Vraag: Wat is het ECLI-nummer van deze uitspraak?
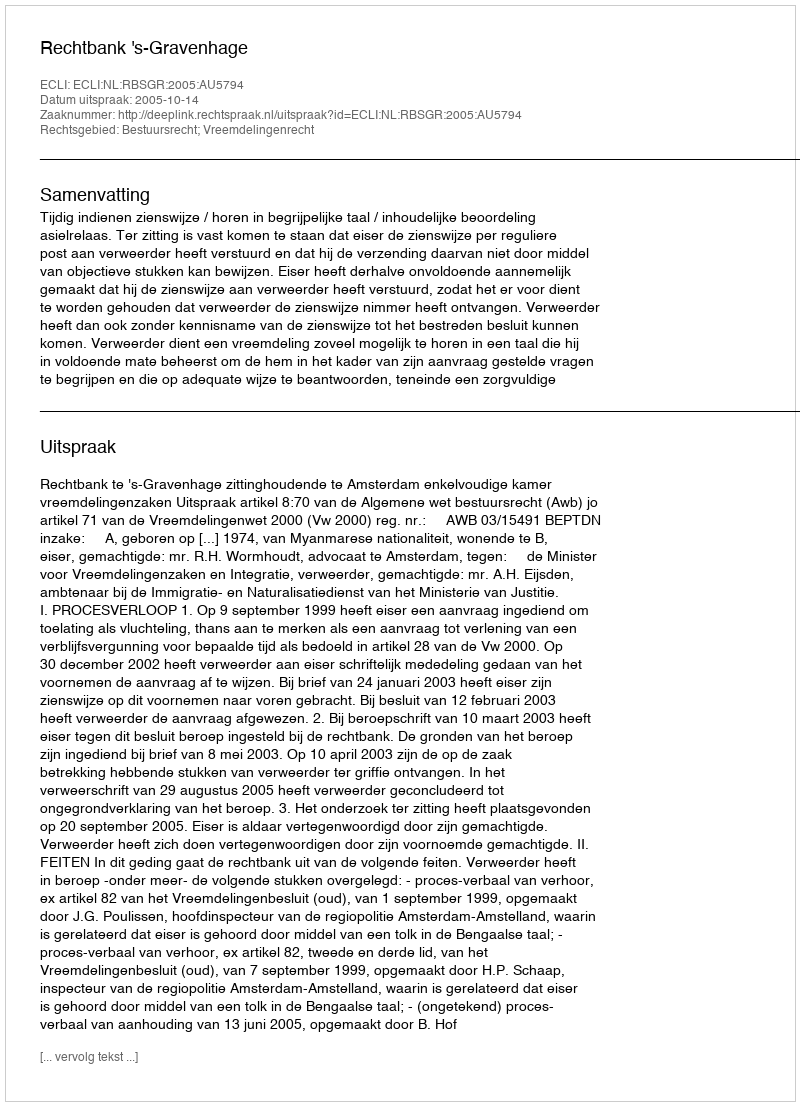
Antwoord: ECLI:NL:RBSGR:2005:AU5794